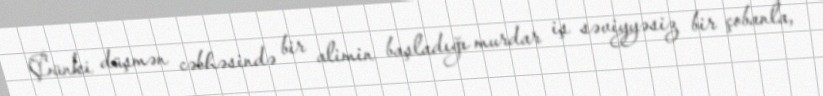
Çünki düşmən cəbhəsində bir alimin başladığı murdar iş səviyyəsiz bir çobanla,